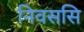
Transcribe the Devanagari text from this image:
निवससि